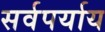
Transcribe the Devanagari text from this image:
सर्वपर्याय